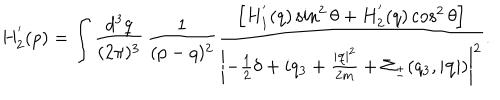
H _ { 2 } ^ { ' } ( p ) = \int \frac { d ^ { 3 } q } { ( 2 \pi ) ^ { 3 } } \, \frac { 1 } { ( p - q ) ^ { 2 } } \frac { \left[ H _ { 1 } ^ { ' } ( q ) \sin ^ { 2 } \theta + H _ { 2 } ^ { ' } ( q ) \cos ^ { 2 } \theta \right] } { \left| - \frac { 1 } { 2 } \delta + i q _ { 3 } + \frac { \left| { \bf q } \right| ^ { 2 } } { 2 m } + \Sigma _ { \pm } ( q _ { 3 } , \left| { \bf q } \right| ) \right| ^ { 2 } } .